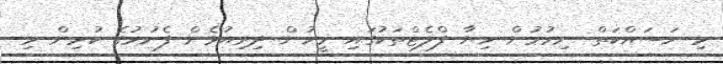
މި މަސައްކަތް ނިމުމުން ހިޔާ ފްލެޓްތަކުގައި މީހުން ދިރިއުޅެން ފެށުމުގެ ކުރިން މި